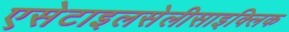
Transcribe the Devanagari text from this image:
एसेटाइलसेलीसाइक्लिक